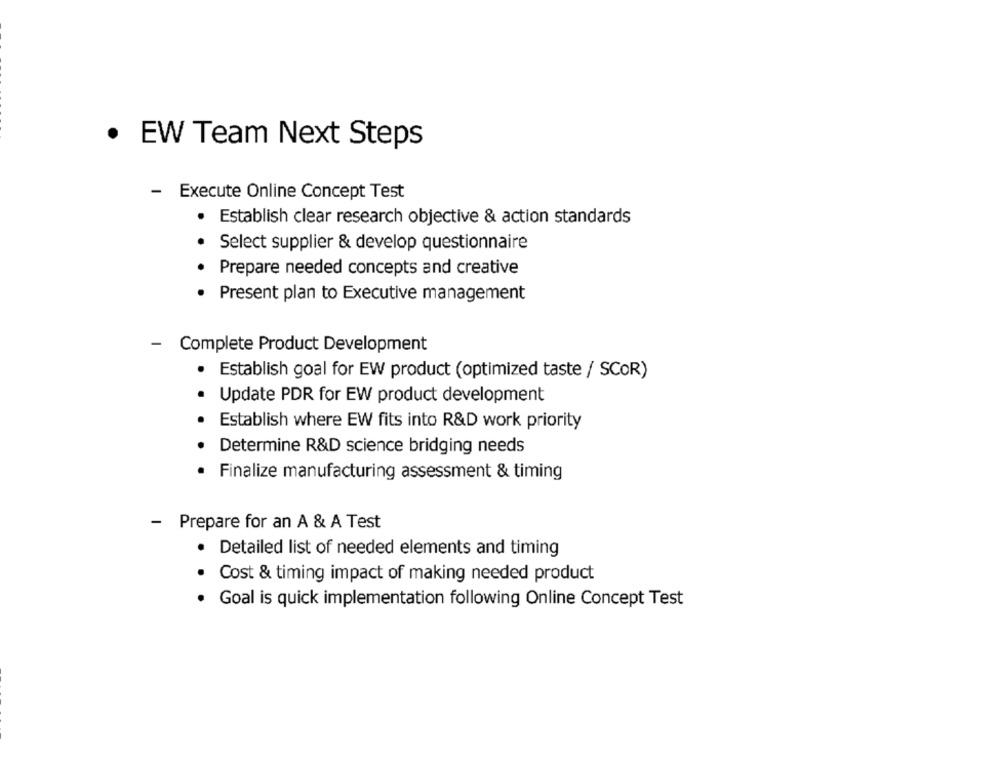
· EW Team Next Steps
- Execute Online Concept Test
· Establish clear research objective & action standards
Select supplier & develop questionnaire
Prepare needed concepts and creative
Present plan to Executive management
- Complete Product Development
· Establish goal for EW product (optimized taste / SCOR)
Update PDR for EW product development
Establish where EW fits into R&D work priority
Determine R&D science bridging needs
Finalize manufacturing assessment & timing
- Prepare for an A & A Test
· Detailed list of needed elements and timing
Cost & timing impact of making needed product
Goal is quick implementation following Online Concept Test